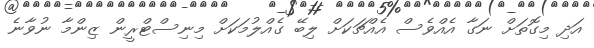
އަދި މިގޮތަށް ނަގާ އެއްވެސް އެއްޗަކަށް ލިބޭ ގެއްލުމަކަށް މިނިސްޓްރީން ޒިންމާ ނުވާނެ